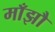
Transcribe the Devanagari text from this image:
माँझौ